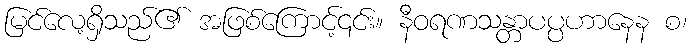
မြင်လေ့ရှိသည်၏ အဖြစ်ကြောင့်၎င်း။ နီဝရဏသန္တာပပ္ပဟာနေန စ၊